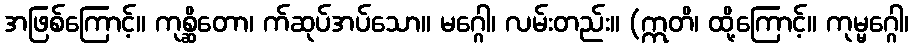
အဖြစ်ကြောင့်။ ကုစ္ဆိတော၊ က်ဆုပ်အပ်သော။ မဂ္ဂေါ၊ လမ်းတည်း။ (ဣတိ၊ ထို့ကြောင့်။ ကုမ္မဂ္ဂေါ၊